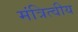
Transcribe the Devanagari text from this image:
मंत्रित्वीय